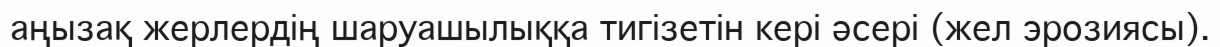
аңызақ жерлердің шаруашылыққа тигізетін кері әсері (жел эрозиясы).